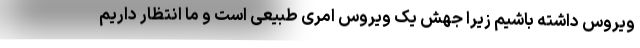
ویروس داشته باشیم زیرا جهش یک ویروس امری طبیعی است و ما انتظار داریم